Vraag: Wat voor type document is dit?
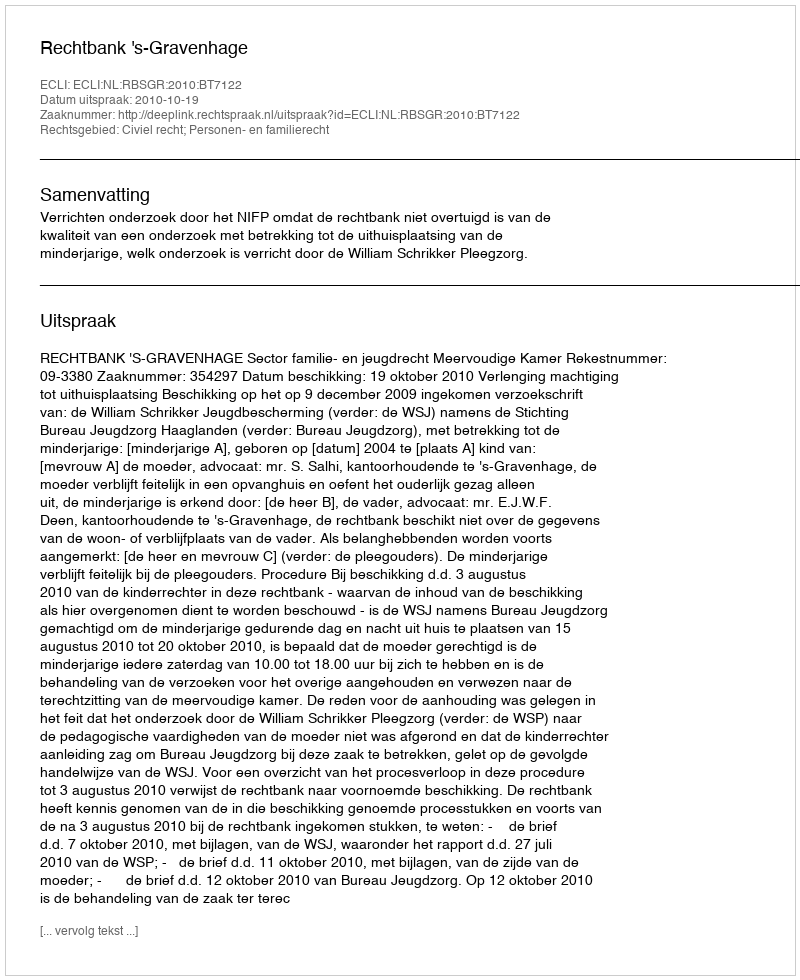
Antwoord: Uitspraak